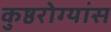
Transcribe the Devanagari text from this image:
कुष्ठरोग्यांस